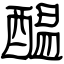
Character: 醖